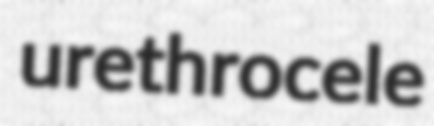
urethrocele